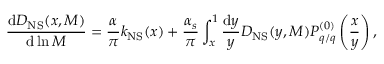
\frac { \mathrm { d } D _ { \mathrm { N S } } ( x , M ) } { \mathrm { d } \ln M } = \frac { \alpha } { \pi } k _ { \mathrm { N S } } ( x ) + \frac { \alpha _ { s } } { \pi } \int _ { x } ^ { 1 } \frac { \mathrm { d } y } { y } D _ { \mathrm { N S } } ( y , M ) P _ { q / q } ^ { ( 0 ) } \left( \frac { x } { y } \right) ,